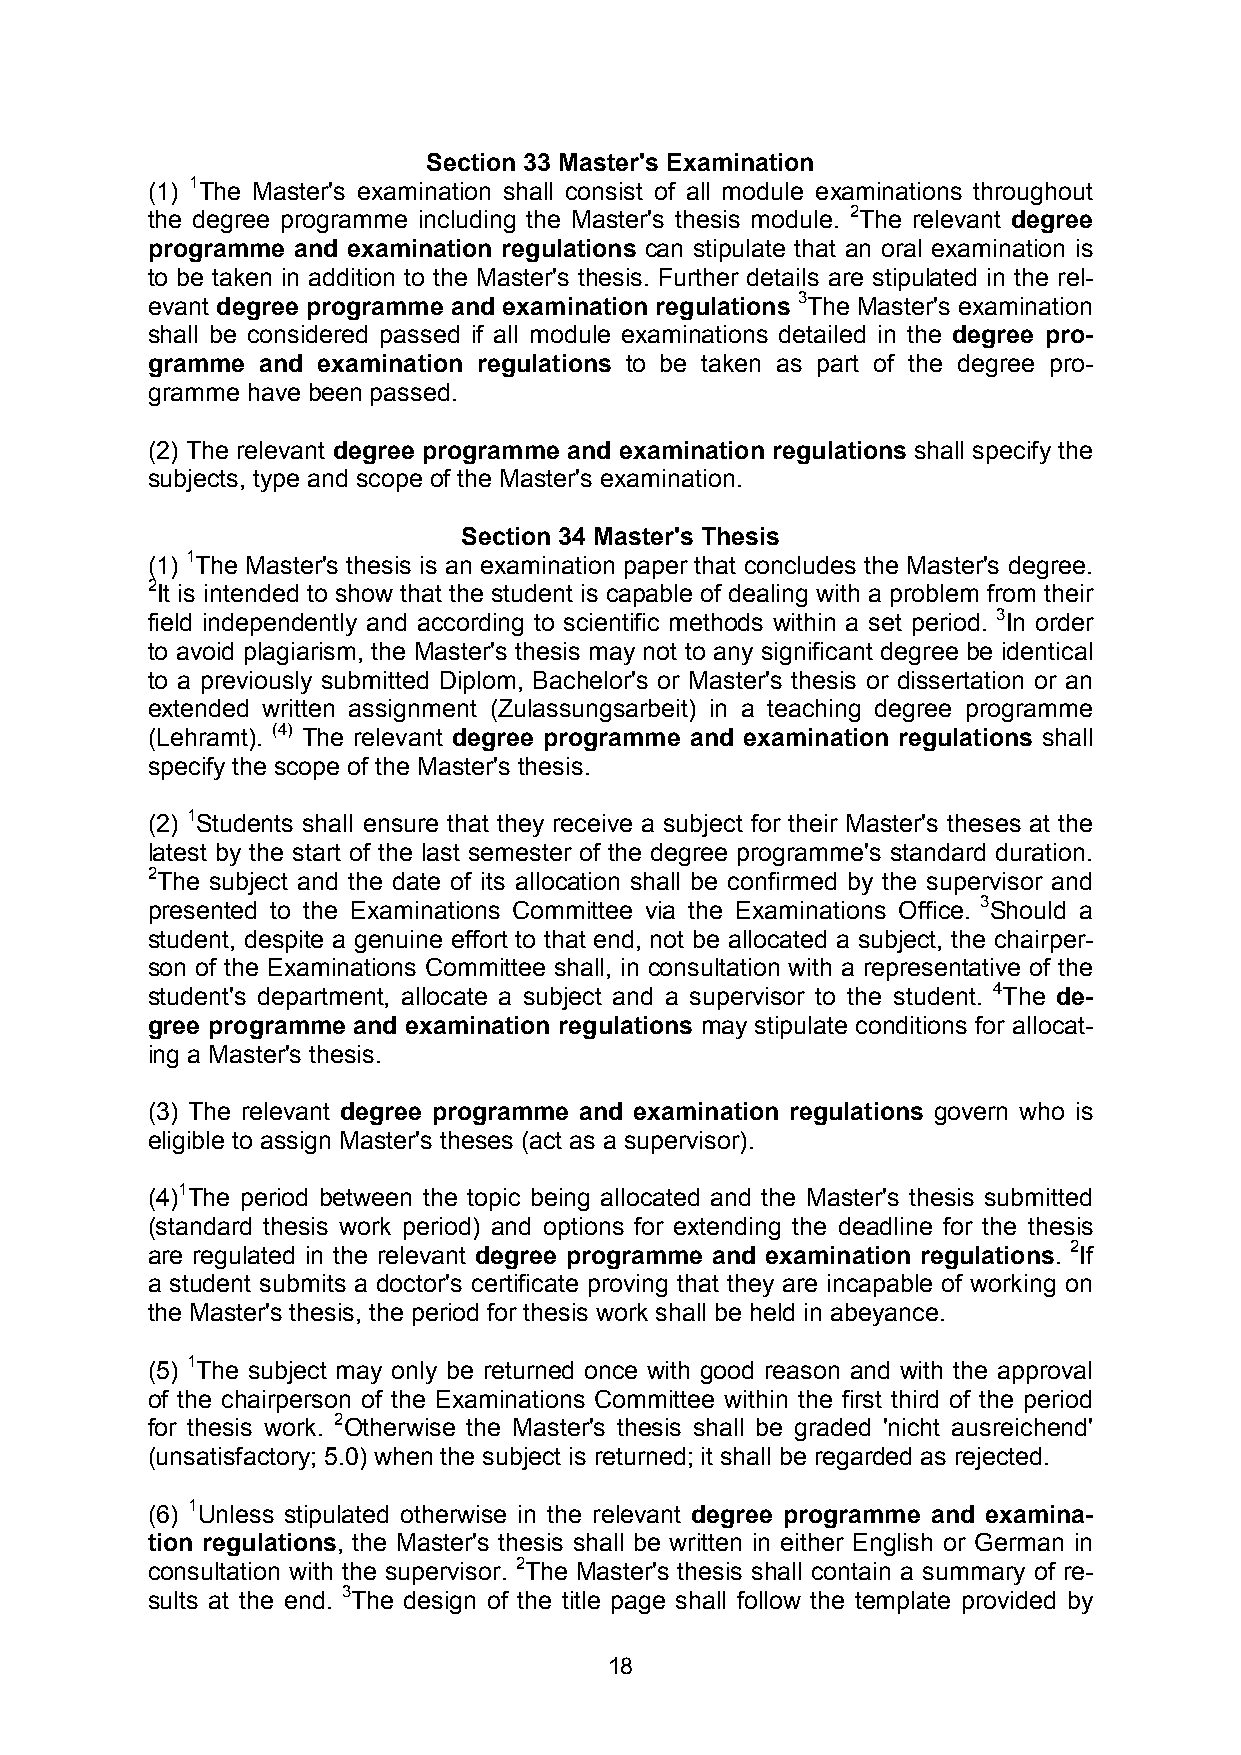
Section 33 Master's Examination
 (1) 1The Master's examination shall consist of all module examinations throughout
 the degree programme including the Master's thesis module. 2The relevant degree
 programme and examination regulations can stipulate that an oral examination is
 to be taken in addition to the Master's thesis. Further details are stipulated in the rel-
 evant degree programme and examination regulations 3The Master's examination
 shall be considered passed if all module examinations detailed in the degree pro-
 gramme and examination regulations to be taken as part of the degree pro-
 gramme have been passed.
 (2) The relevant degree programme and examination regulations shall specify the
 subjects, type and scope of the Master's examination.
 Section 34 Master's Thesis
 (1) 1The Master's thesis is an examination paper that concludes the Master's degree.
 2It is intended to show that the student is capable of dealing with a problem from their
 field independently and according to scientific methods within a set period. 3In order
 to avoid plagiarism, the Master's thesis may not to any significant degree be identical
 to a previously submitted Diplom, Bachelor's or Master's thesis or dissertation or an
 extended written assignment (Zulassungsarbeit) in a teaching degree programme
 (Lehramt). (4) The relevant degree programme and examination regulations shall
 specify the scope of the Master's thesis.
 (2) 1Students shall ensure that they receive a subject for their Master's theses at the
 latest by the start of the last semester of the degree programme's standard duration.
 2The subject and the date of its allocation shall be confirmed by the supervisor and
 presented to the Examinations Committee via the Examinations Office. 3Should a
 student, despite a genuine effort to that end, not be allocated a subject, the chairper-
 son of the Examinations Committee shall, in consultation with a representative of the
 student's department, allocate a subject and a supervisor to the student. 4The de-
 gree programme and examination regulations may stipulate conditions for allocat-
 ing a Master's thesis.
 (3) The relevant degree programme and examination regulations govern who is
 eligible to assign Master's theses (act as a supervisor).
 (4)1The period between the topic being allocated and the Master's thesis submitted
 (standard thesis work period) and options for extending the deadline for the thesis
 are regulated in the relevant degree programme and examination regulations. 2If
 a student submits a doctor's certificate proving that they are incapable of working on
 the Master's thesis, the period for thesis work shall be held in abeyance.
 (5) 1The subject may only be returned once with good reason and with the approval
 of the chairperson of the Examinations Committee within the first third of the period
 for thesis work. 2Otherwise the Master's thesis shall be graded 'nicht ausreichend'
 (unsatisfactory; 5.0) when the subject is returned; it shall be regarded as rejected.
 (6) 1Unless stipulated otherwise in the relevant degree programme and examina-
 tion regulations, the Master's thesis shall be written in either English or German in
 consultation with the supervisor. 2The Master's thesis shall contain a summary of re-
 sults at the end. 3The design of the title page shall follow the template provided by
 18